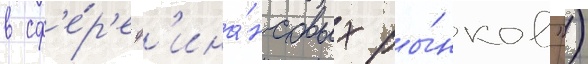
в сф'е́р'е ф'ина́нсовых ры́нков")